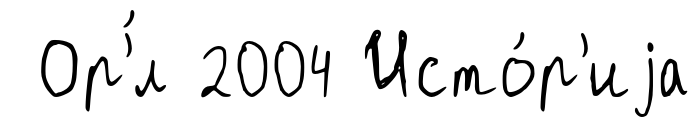
Ор'́л 2004 Исто́р'иjа